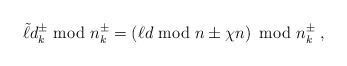
\begin{align*}\tilde{\ell} d_k^\pm {\rm ~mod~} n_k^\pm =\left( \ell d {\rm ~mod~} n \pm \chi n \right) {\rm ~mod~} n_k^\pm \;, \end{align*}